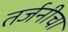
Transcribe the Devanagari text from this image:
तर्जनीचा